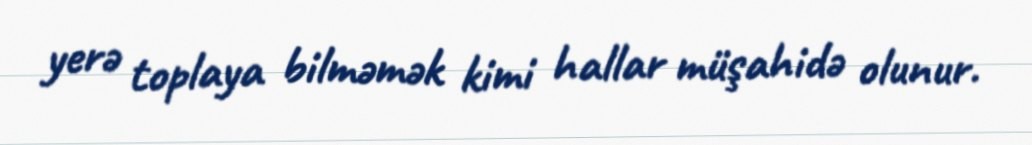
yerə toplaya bilməmək kimi hallar müşahidə olunur.